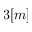
3 [ m ]